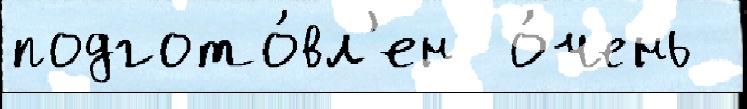
подгото́вл'ен  о́чень